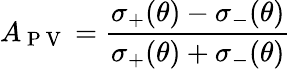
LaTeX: A_{\mathrm{~P~V~}}=\frac{\sigma_{+}(\theta)-\sigma_{-}(\theta)}{\sigma_{+}(\theta)+\sigma_{-}(\theta)}